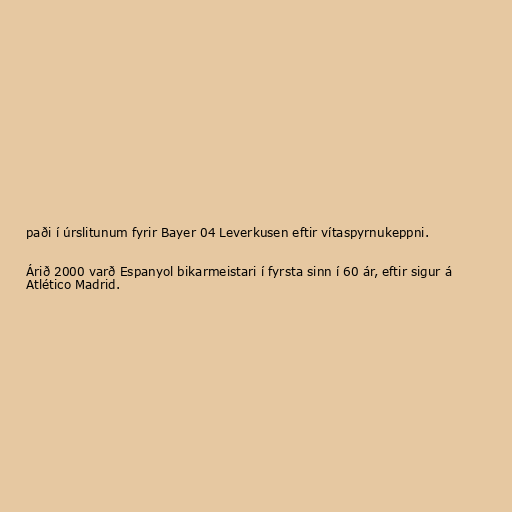
paði í úrslitunum fyrir Bayer 04 Leverkusen eftir vítaspyrnukeppni.

Árið 2000 varð Espanyol bikarmeistari í fyrsta sinn í 60 ár, eftir sigur á
Atlético Madrid.